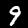
Digit: 9